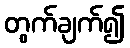
တွက်ချက်၍